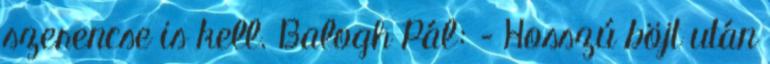
szerencse is kell. Balogh Pál: – Hosszú böjt után